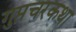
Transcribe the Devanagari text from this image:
गुप्तचरकथा